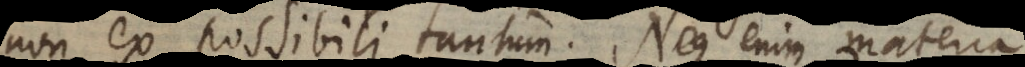
non ex possibili tantum. Neque enim materia